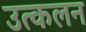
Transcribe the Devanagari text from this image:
उत्‍कलन